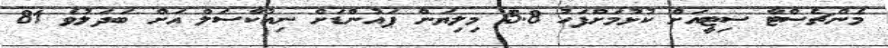
މެންޗެސްޓާ ސިޓީއަށް ކުޅުމަށްފަހު 5.8 މިލިޔަން ޕައުންޑަށް ނިއުކާސަލް އަށް ބަދަލުވެ 81